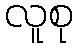
လူစု